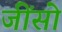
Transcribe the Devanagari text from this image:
जींसो